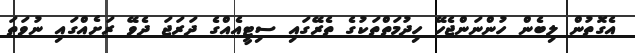
އެގޮތުން ލިބެން ހުންނަންޖެހޭ ހިދުމަތްތަކުގެ ތެރޭގައި ސިޓީއެއްގެ ދަރަޖަ ދެވޭ ރަށެއްގައި ނުވަތަ